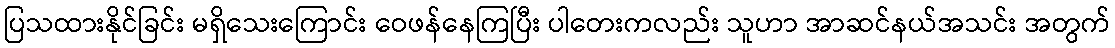
ပြသထားနိုင်ခြင်း မရှိသေးကြောင်း ဝေဖန်နေကြပြီး ပါတေးကလည်း သူဟာ အာဆင်နယ်အသင်း အတွက်